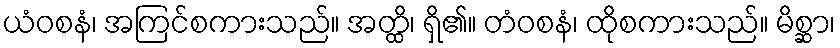
ယံဝစနံ၊ အကြင်စကားသည်။ အတ္ထိ၊ ရှိ၏။ တံဝစနံ၊ ထိုစကားသည်။ မိစ္ဆာ၊